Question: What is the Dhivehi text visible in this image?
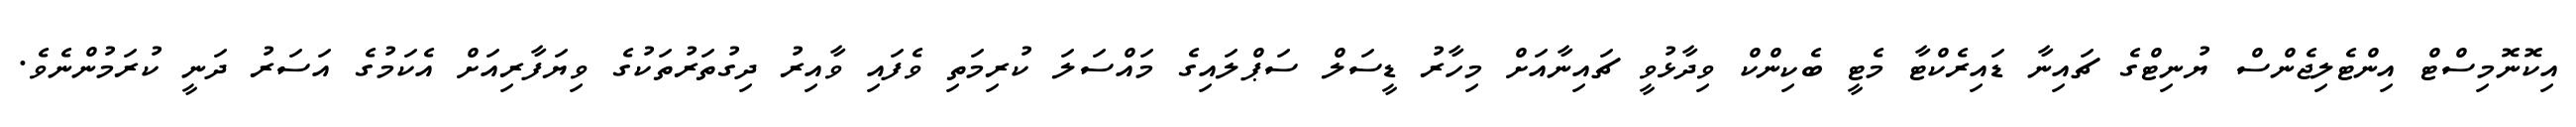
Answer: އިކޮނޮމިސްޓް އިންޓެލިޖެންސް ޔުނިޓްގެ ޗައިނާ ޑައިރެކްޓާ މެޓީ ބެކިންކް ވިދާޅުވީ ޗައިނާއަށް މިހާރު ޑީސަލް ސަޕްލައިގެ މައްސަލަ ކުރިމަތި ވެފައި ވާއިރު ދިގުތަރުތަކުގެ ވިޔަފާރިއަށް އެކަމުގެ އަސަރު ދަނީ ކުރަމުންނެވެ.